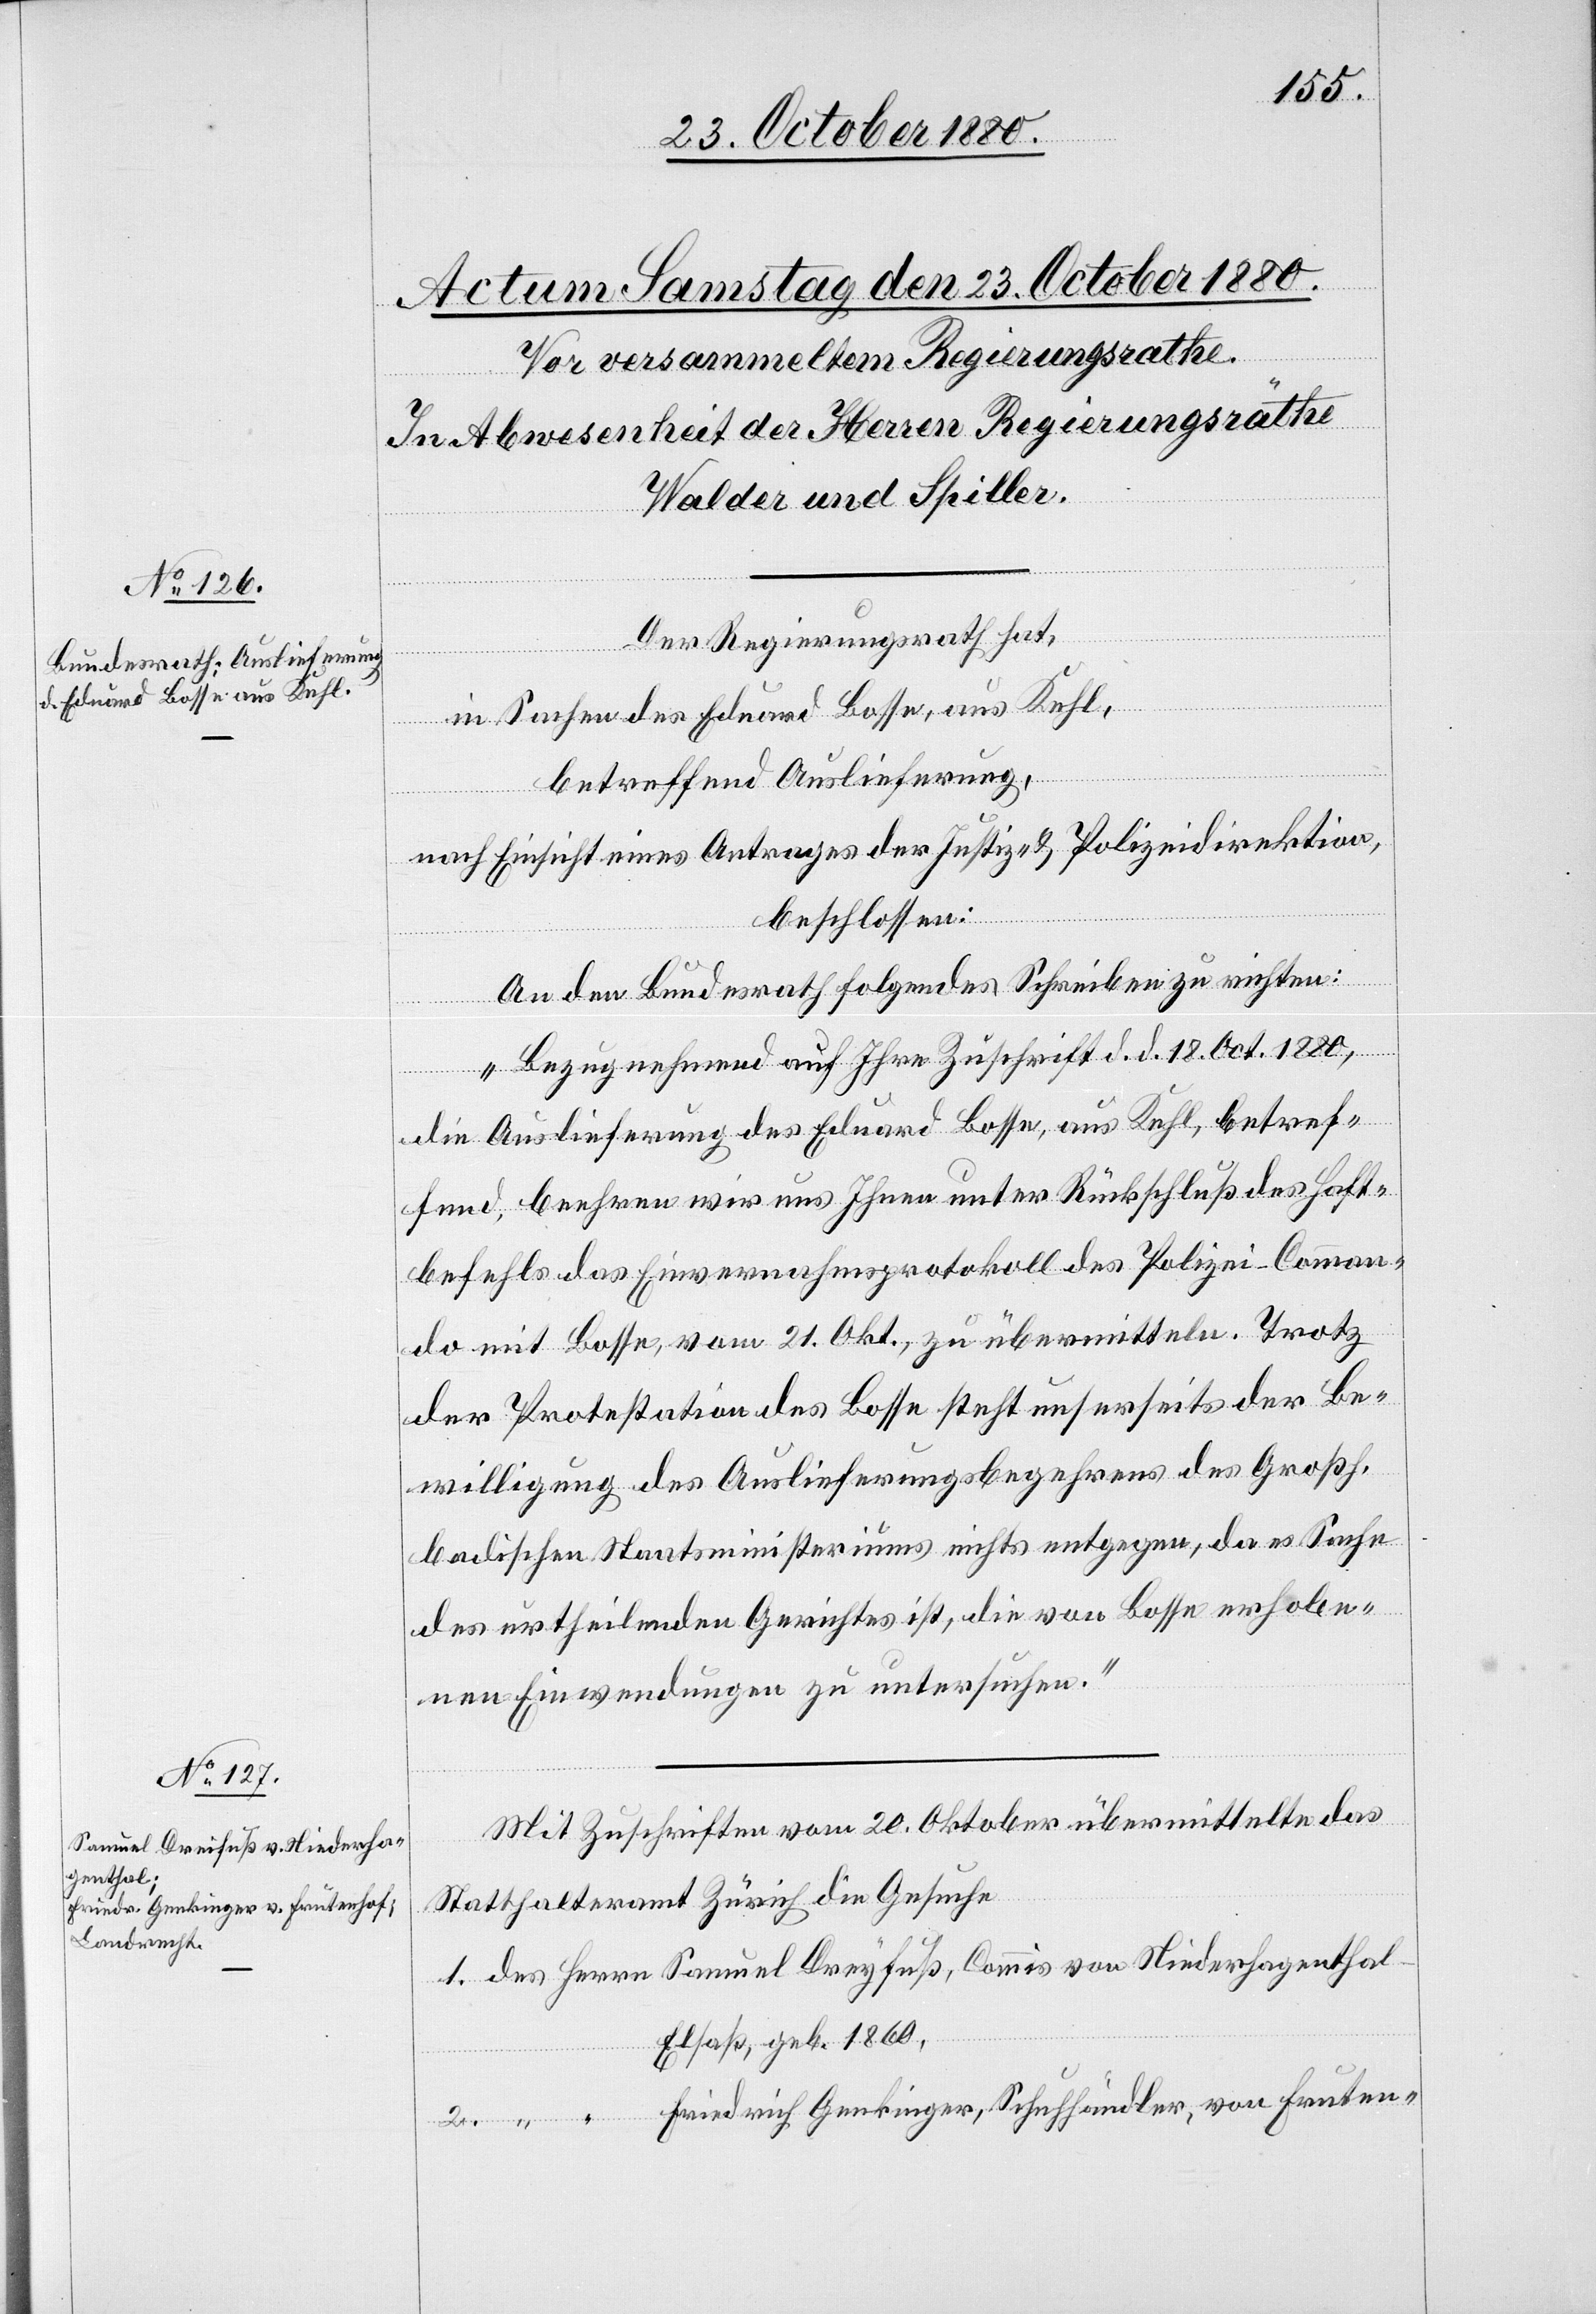
von
Der Regierungsrath hat,
in Sachen des Eduard Bosse, aus Kehl,
betreffend Auslieferung,
nach Einsicht eines Antrages der Justiz- & Polizeidirektion,
beschlossen:
An den Bundesrath folgendes Schreiben zu richten:
2.
„Bezugnehmend auf Ihre Zuschrift d. d. 18. Oct. 1880,
die Auslieferung des Eduard Bosse, aus Kehl, betref¬
fend, beehren wir uns Ihnen unter Rückschluß des Haft¬
befehls das Einvernahmsprotokoll des Polizei-Comman¬
do mit Bosse, vom 21. Okt., zu übermitteln. Trotz
der Protestation des Bosse steht unserseits der Be¬
willigung des Auslieferungsbegehrens des Großh.
badischen Staatsministerium nichts entgegen, da es Sache
des urtheilenden Gerichtes ist, die von Bosse erhobe¬
nen Einwendungen zu untersuchen.“
Mit Zuschriften vom 20. Oktober übermittelte das
Statthalteramt Zürich die Gesuche
Elsaß, geb. 1860.

mis